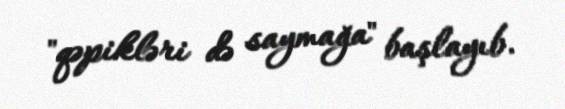
"qəpikləri də saymağa" başlayıb.